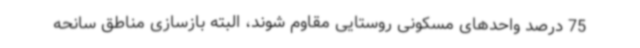
75 درصد واحدهای مسکونی روستایی مقاوم شوند، البته بازسازی مناطق سانحه